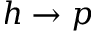
h \rightarrow p